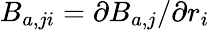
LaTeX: B_{a,ji}=\partial{B_{a,j}}/\partial{r_{i}}